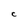
Character: c